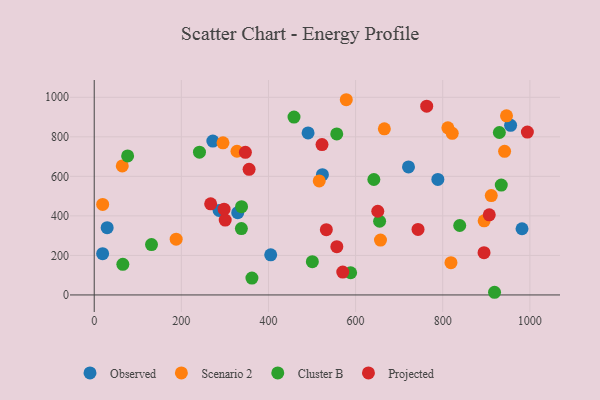
{"axis": {"x": "Investment", "y": "Salary"}, "legend": ["Cluster B", "Observed", "Projected", "Scenario 2"], "data": [{"x": "788.8", "y": 584.6, "type": "Observed"}, {"x": "721.4", "y": 647.8, "type": "Observed"}, {"x": "272.3", "y": 778.4, "type": "Observed"}, {"x": "982.0", "y": 334.9, "type": "Observed"}, {"x": "490.9", "y": 819.8, "type": "Observed"}, {"x": "405.1", "y": 202.9, "type": "Observed"}, {"x": "329.4", "y": 416.0, "type": "Observed"}, {"x": "523.8", "y": 608.4, "type": "Observed"}, {"x": "29.7", "y": 340.1, "type": "Observed"}, {"x": "955.8", "y": 858.3, "type": "Observed"}, {"x": "286.7", "y": 427.3, "type": "Observed"}, {"x": "19.3", "y": 208.7, "type": "Observed"}, {"x": "578.6", "y": 987.7, "type": "Scenario 2"}, {"x": "327.7", "y": 726.9, "type": "Scenario 2"}, {"x": "818.9", "y": 163.5, "type": "Scenario 2"}, {"x": "666.0", "y": 840.7, "type": "Scenario 2"}, {"x": "911.4", "y": 503.0, "type": "Scenario 2"}, {"x": "811.8", "y": 845.6, "type": "Scenario 2"}, {"x": "946.4", "y": 906.2, "type": "Scenario 2"}, {"x": "19.4", "y": 458.2, "type": "Scenario 2"}, {"x": "895.1", "y": 375.2, "type": "Scenario 2"}, {"x": "516.5", "y": 577.0, "type": "Scenario 2"}, {"x": "188.1", "y": 282.0, "type": "Scenario 2"}, {"x": "821.8", "y": 817.8, "type": "Scenario 2"}, {"x": "64.4", "y": 652.6, "type": "Scenario 2"}, {"x": "942.0", "y": 726.5, "type": "Scenario 2"}, {"x": "657.1", "y": 277.5, "type": "Scenario 2"}, {"x": "295.6", "y": 769.8, "type": "Scenario 2"}, {"x": "641.9", "y": 584.0, "type": "Cluster B"}, {"x": "655.1", "y": 372.8, "type": "Cluster B"}, {"x": "556.7", "y": 814.7, "type": "Cluster B"}, {"x": "934.4", "y": 556.1, "type": "Cluster B"}, {"x": "930.0", "y": 822.0, "type": "Cluster B"}, {"x": "588.6", "y": 112.3, "type": "Cluster B"}, {"x": "76.7", "y": 703.2, "type": "Cluster B"}, {"x": "839.0", "y": 351.3, "type": "Cluster B"}, {"x": "362.0", "y": 85.5, "type": "Cluster B"}, {"x": "337.8", "y": 335.8, "type": "Cluster B"}, {"x": "131.5", "y": 254.8, "type": "Cluster B"}, {"x": "500.7", "y": 168.1, "type": "Cluster B"}, {"x": "65.7", "y": 155.1, "type": "Cluster B"}, {"x": "918.9", "y": 13.5, "type": "Cluster B"}, {"x": "241.6", "y": 722.1, "type": "Cluster B"}, {"x": "338.2", "y": 446.5, "type": "Cluster B"}, {"x": "458.6", "y": 899.9, "type": "Cluster B"}, {"x": "300.7", "y": 378.9, "type": "Projected"}, {"x": "522.9", "y": 760.8, "type": "Projected"}, {"x": "532.8", "y": 330.1, "type": "Projected"}, {"x": "906.8", "y": 405.5, "type": "Projected"}, {"x": "298.1", "y": 433.7, "type": "Projected"}, {"x": "994.3", "y": 823.8, "type": "Projected"}, {"x": "763.2", "y": 955.3, "type": "Projected"}, {"x": "894.8", "y": 213.7, "type": "Projected"}, {"x": "570.5", "y": 115.7, "type": "Projected"}, {"x": "347.0", "y": 721.6, "type": "Projected"}, {"x": "650.9", "y": 423.5, "type": "Projected"}, {"x": "355.5", "y": 635.4, "type": "Projected"}, {"x": "743.3", "y": 331.5, "type": "Projected"}, {"x": "556.9", "y": 244.1, "type": "Projected"}, {"x": "267.3", "y": 461.1, "type": "Projected"}]}